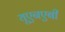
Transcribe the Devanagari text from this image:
यूएनएबी